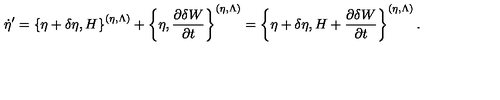
\dot { \eta } ^ { \prime } = \left\{ \eta + \delta \eta , H \right\} ^ { ( \eta , \Lambda ) } + \left\{ \eta , \frac { \partial \delta W } { \partial t } \right\} ^ { ( \eta , \Lambda ) } = \left\{ \eta + \delta \eta , H + \frac { \partial \delta W } { \partial t } \right\} ^ { ( \eta , \Lambda ) } .